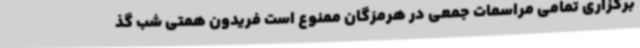
برگزاری تمامی مراسمات جمعی در هرمزگان ممنوع است فریدون همتی شب گذ